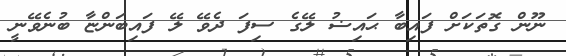
ނޫން ގޮތަކަށް ފައިބާ ޙައިޟު ލޭގެ ސިފަ ދެވޭ ލޭ ފައިބަންޏާ ބުނެވޭނީ